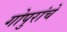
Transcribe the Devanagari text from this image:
गोपुरांचे